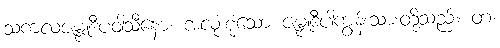
သကလဇမ္ဗူဒီပဝါသီနော၊ အလုံးစုံသော ဇမ္ဗူဒီပါကျွန်းသားတို့သည်။ တံ၊